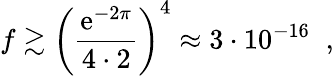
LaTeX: f\gtrsim\left(\frac{\mathrm{e}^{-2\pi}}{4\cdot 2}\right)^{4}\approx 3\cdot 10^{-16}\; \; ,